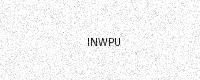
Text: INWPU